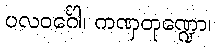
ပလဝင်္ဂေါ၊ ကဏှတုဏ္ဍော၊